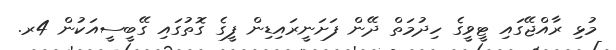
މުޅި ރާއްޖޭގައި ޓީވީގެ ހިދުމަތް ދޭން ފަށަނީރައިޑިން ފީގެ ގޮތުގައި ގޭބީސީއަކުން 4ރ.